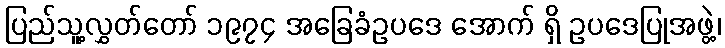
ပြည်သူ့လွှတ်တော် ၁၉၇၄ အခြေခံဥပဒေ အောက် ရှိ ဥပဒေပြုအဖွဲ့၊